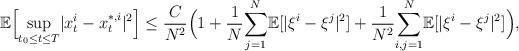
LaTeX: \begin{align*}\mathbb{E}\Big[\underset{t_0\leq t\leq T}{\sup}|x_t^i-x_t^{*,i}|^2\Big]\leq\frac{C}{N^2}\Big(1+\frac{1}{N}\underset{j=1}{\overset{N}\sum}\mathbb{E}[|\xi^i-\xi^j|^2]+\frac{1}{N^2}\underset{i,j=1}{\overset{N}{\sum}}\mathbb{E}[|\xi^{i}-\xi^{j}|^2]\Big),\end{align*}